Annual report on the mental hospital in the Central Provinces and Berar (Nagpur) - 1927-1951
Year: 1927
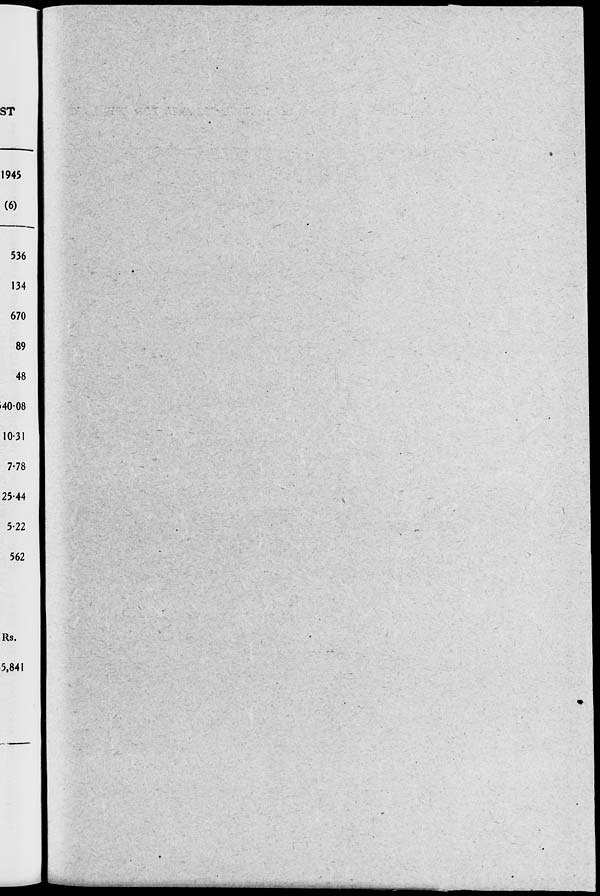
ST
1945
(6)
536
134
670
89
48
40-08
10-31
7-78
25-44
5-22
562
Rs.
5,841